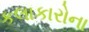
કલાકારોના